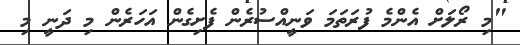
"މި ރޯލަށް އެންމެ ފުރަތަމަ ވަނީއްސުރެން ފެށިގެން އަހަރެން މި ދަނީ މި